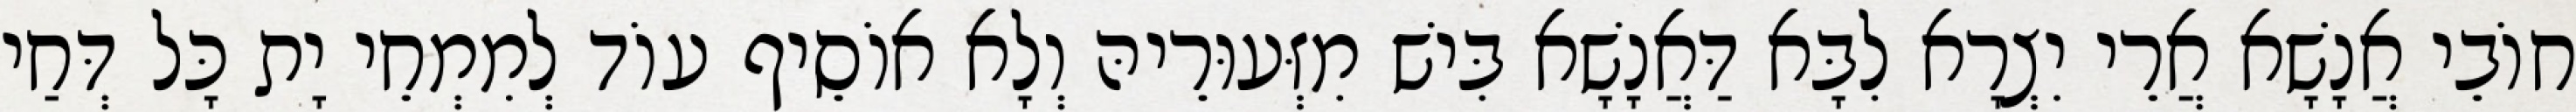
חוֹבֵי אֲנָשָׁא אֲרֵי יִצְרָא לִבָּא דַּאֲנָשָׁא בִּישׁ מִזְּעוּרֵיהּ וְלָא אוֹסֵיף עוֹד לְמִמְחֵי יָת כָּל דְּחַי